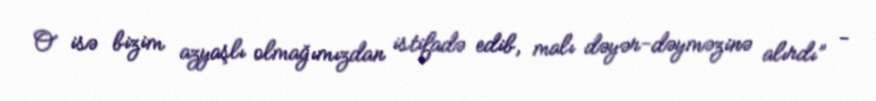
O isə bizim azyaşlı olmağımızdan istifadə edib, malı dəyər-dəyməzinə alırdı” -